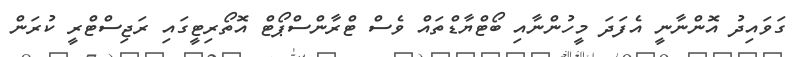
ގަވައިދު އޮންނާނީ އެފަދަ މީހުންނާއި ބޯޓްޔާޑްތައް ވެސް ޓްރާންސްޕޯޓް އޮތޯރިޓީގައި ރަޖިސްޓްރީ ކުރަން